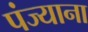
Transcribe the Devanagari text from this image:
पंज्याना